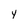
Character: Y